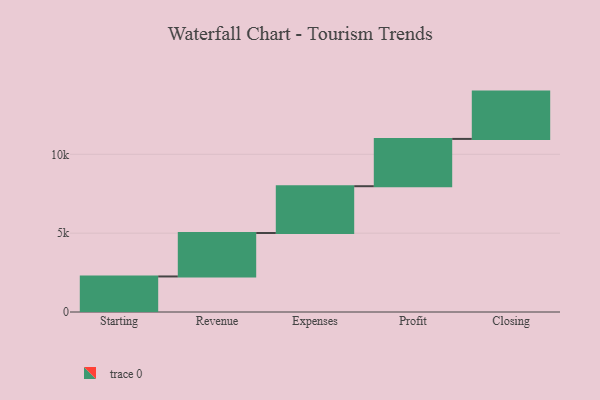
{"axis": {"x": "Step", "y": "Value"}, "legend": [""], "data": [{"x": "Starting", "y": 2254.0, "type": ""}, {"x": "Revenue", "y": 2757.0, "type": ""}, {"x": "Expenses", "y": 2966.0, "type": ""}, {"x": "Profit", "y": 3000, "type": ""}, {"x": "Closing", "y": 3000, "type": ""}]}